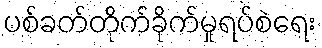
ပစ်ခတ်တိုက်ခိုက်မှုရပ်စဲရေး